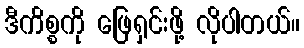
ဒီကိစ္စကို ဖြေရှင်းဖို့ လိုပါတယ်။